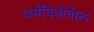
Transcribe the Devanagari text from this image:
धर्मविधींतील